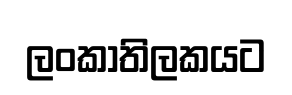
ලංකාතිලකයට